Problem: 2 × 3 = ?
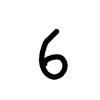
Handwritten answer: 6